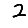
Digit: 2